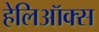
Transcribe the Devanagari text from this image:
हेलिऑक्स